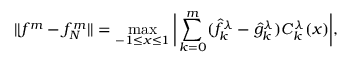
| | f ^ { m } - f _ { N } ^ { m } | | = \operatorname* { m a x } _ { - 1 \leq x \leq 1 } \bigg | \sum _ { k = 0 } ^ { m } ( \hat { f } _ { k } ^ { \lambda } - \hat { g } _ { k } ^ { \lambda } ) C _ { k } ^ { \lambda } ( x ) \bigg | ,